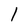
Character: 1